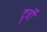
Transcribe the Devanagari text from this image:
दूर्वी